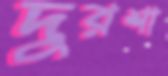
দুরশা